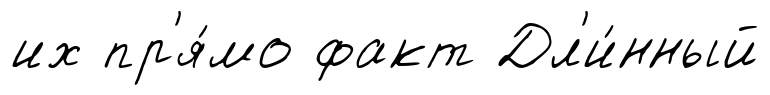
их пр'я́мо факт Дл'и́нный